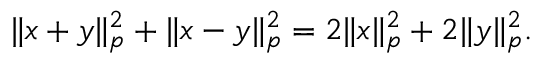
\| x + y \| _ { p } ^ { 2 } + \| x - y \| _ { p } ^ { 2 } = 2 \| x \| _ { p } ^ { 2 } + 2 \| y \| _ { p } ^ { 2 } .